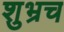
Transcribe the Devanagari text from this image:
शुभ्रच